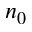
n _ { 0 }